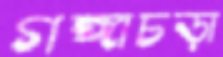
গঙ্গাচড়া